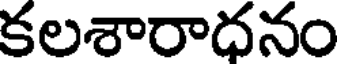
కలశారాధనం